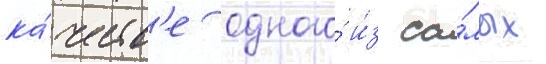
ка́честв'е одного́ и́з са́мых